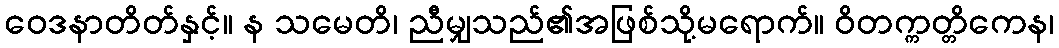
ဝေဒနာတိတ်နှင့်။ န သမေတိ၊ ညီမျှသည်၏အဖြစ်သို့မရောက်။ ဝိတက္ကတ္တိကေန၊